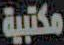
مكتبية